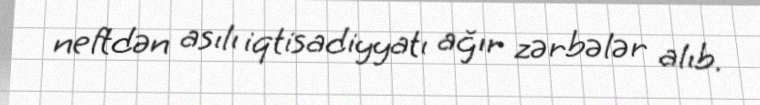
neftdən asılı iqtisadiyyatı ağır zərbələr alıb.